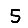
Digit: 5